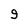
Character: 9